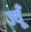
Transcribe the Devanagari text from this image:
ज्यूँ